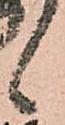
候